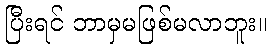
ပြီးရင် ဘာမှမဖြစ်မလာဘူး။